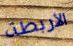
الأربطة